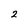
Character: 2